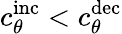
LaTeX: c_{\theta}^{\mathrm{inc}}<c_{\theta}^{\mathrm{dec}}